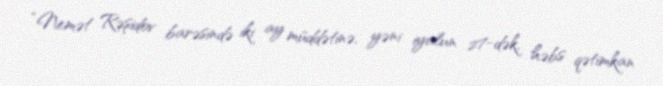
“Nemət Rəşidov barəsində iki ay müddətinə, yəni iyulun 27-dək, həbs qətimkan